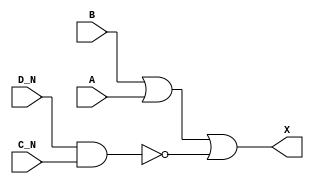
module sky130_fd_sc_hdll__or4bb (
    X  ,
    A  ,
    B  ,
    C_N,
    D_N
);

    // Module ports
    output X  ;
    input  A  ;
    input  B  ;
    input  C_N;
    input  D_N;

    // Module supplies
    supply1 VPWR;
    supply0 VGND;
    supply1 VPB ;
    supply0 VNB ;

    // Local signals
    wire nand0_out;
    wire or0_out_X;

    //   Name   Output     Other arguments
    nand nand0 (nand0_out, D_N, C_N       );
    or   or0   (or0_out_X, B, A, nand0_out);
    buf  buf0  (X        , or0_out_X      );

endmodule